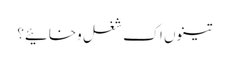
تینوں اک شغل وخائیے؟